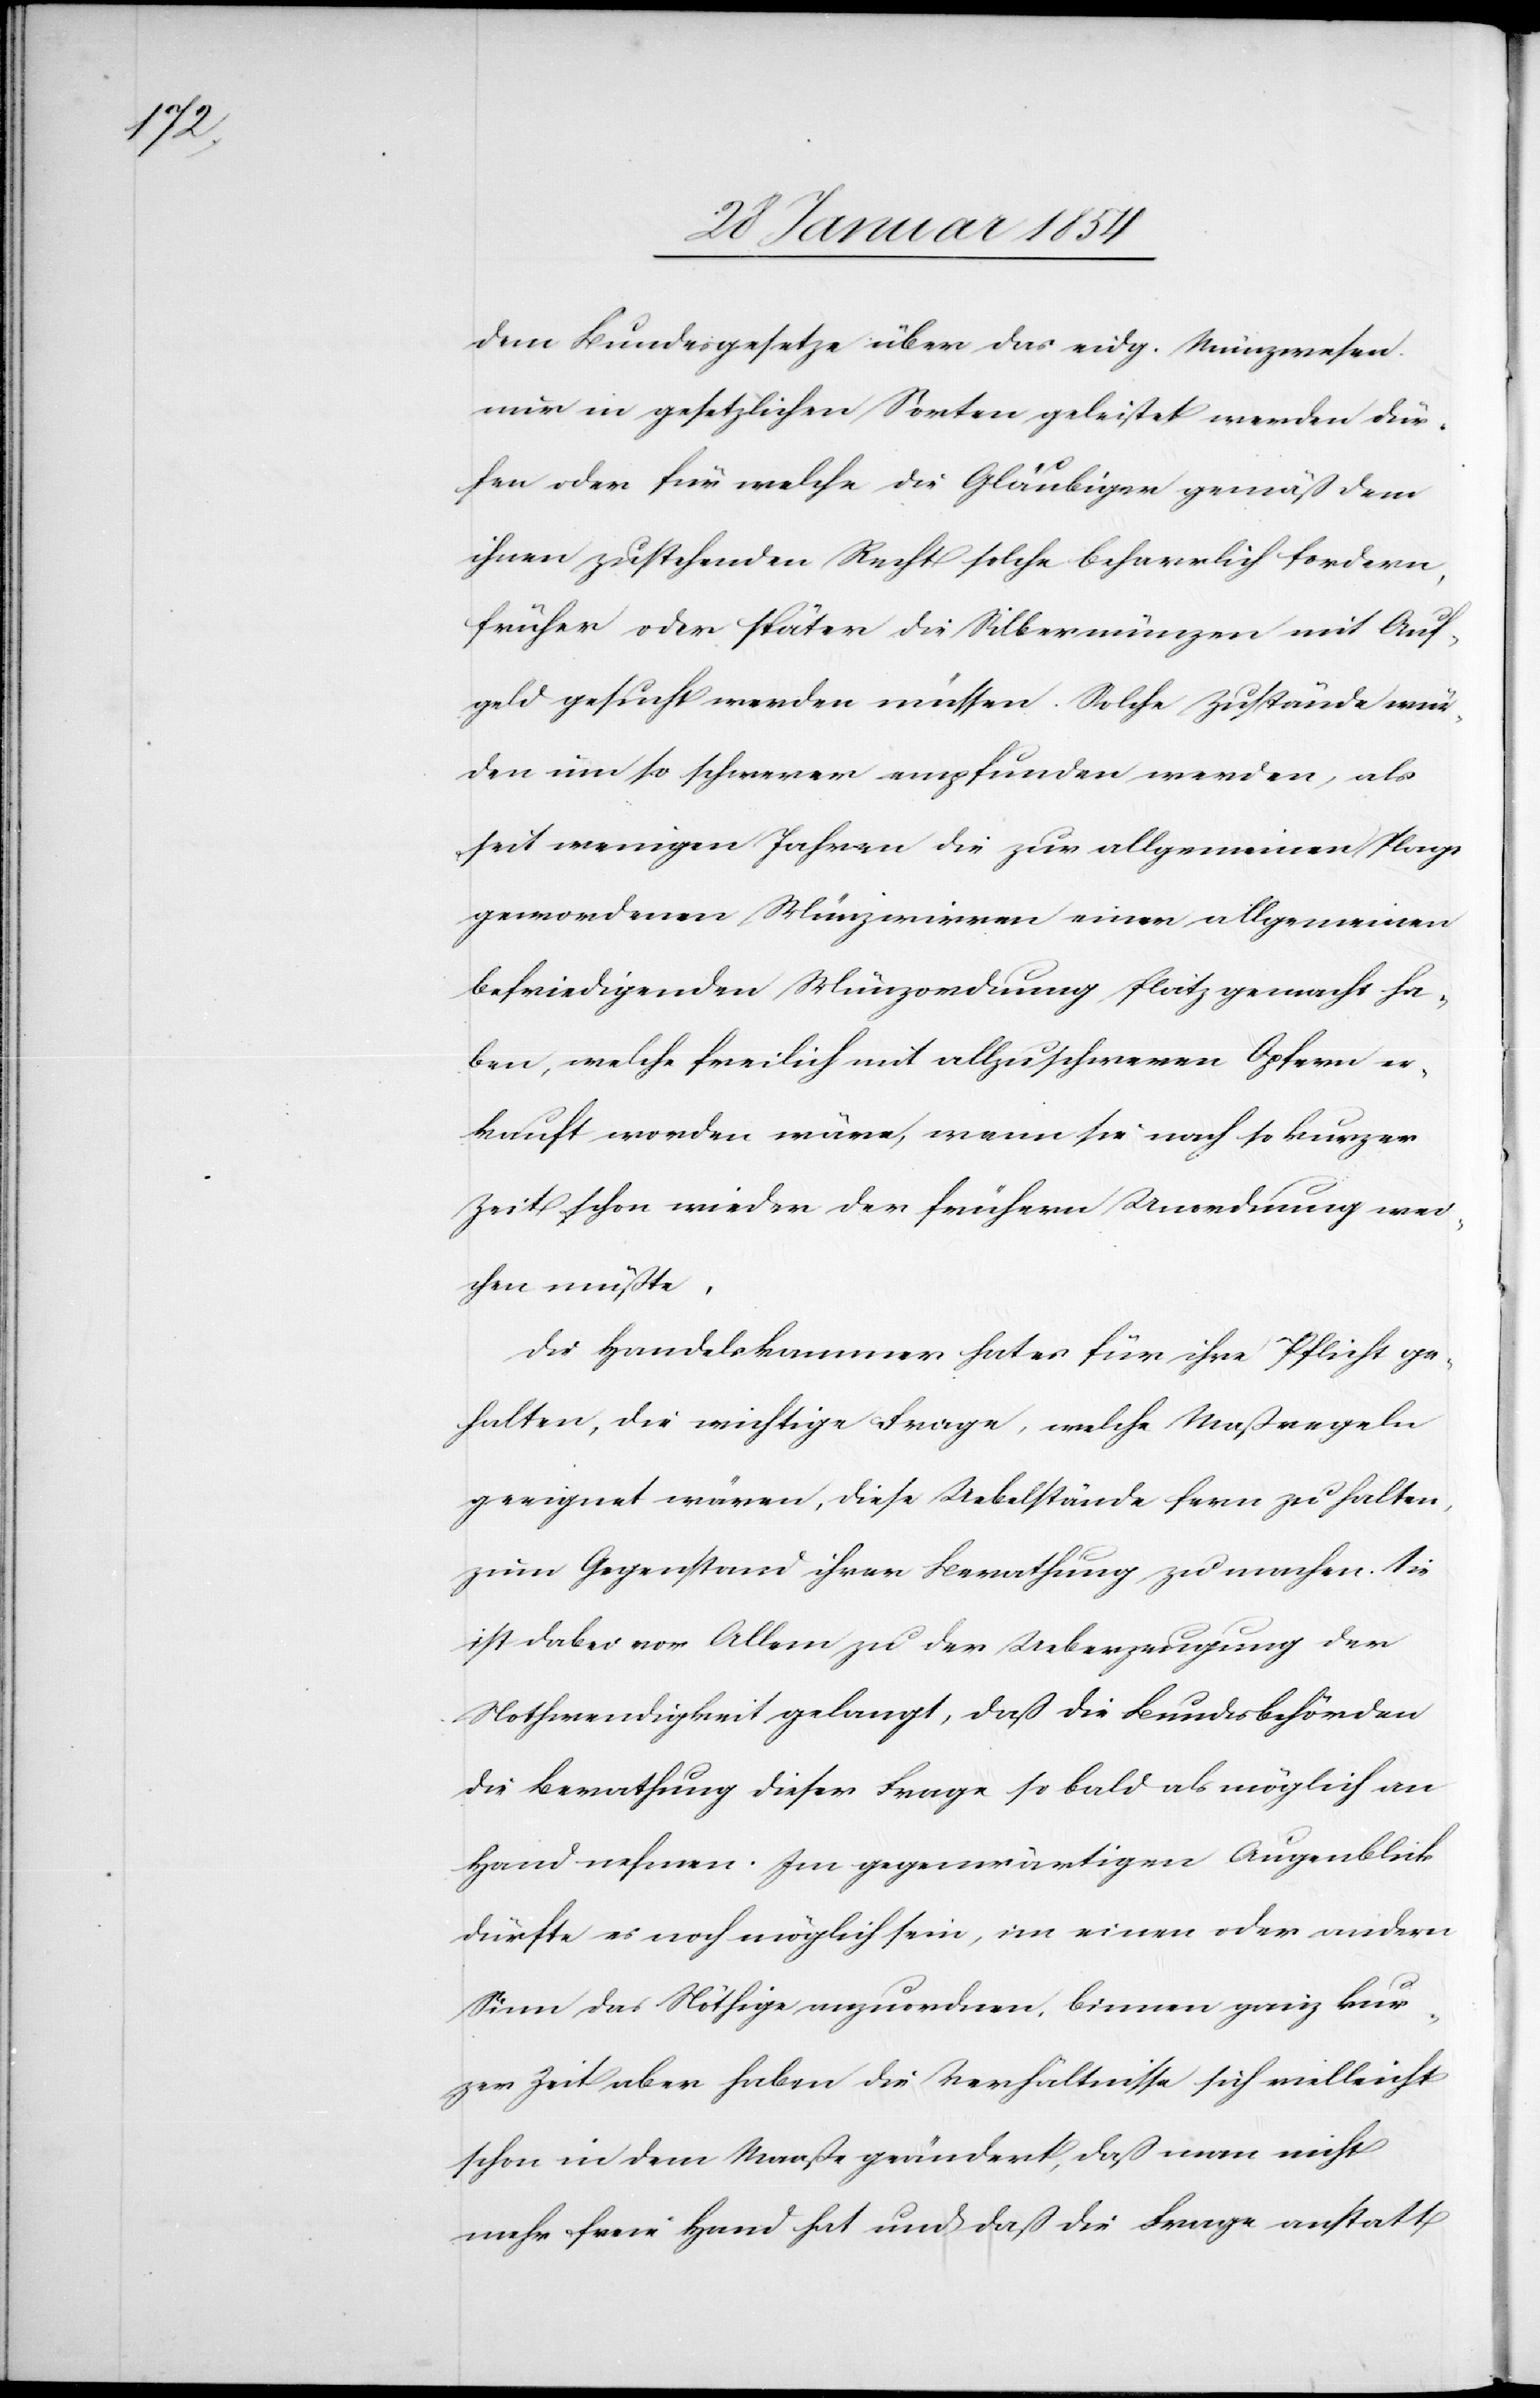
dem Bundesgesetze über das eig. Münzwesen
nur in gesetzlichen Sorten geleistet werden dür¬
fen oder für welche die Gläubiger gemäß dem
ihnen zustehenden Recht solche beharrlich fordern,
früher oder später die Silbermünzen mit Auf¬
geld gesucht werden müssen. Solche Zustände wür¬
den um so schwerer empfunden werden, als
seit wenigen Jahren die zur allgemeinen Plage
gewordenen Münzwirren einer allgemeinen
befriedigenden Münzordnung Platz gemacht ha¬
ben, welche freilich mit allzu schweren Opfern er¬
kauft worden wäre, wenn sie nach so kurzer
Zeit schon wieder der frühern Unordnung wei¬
chen müßte.
Die Handelskammer hat es für ihre Pflicht ge¬
halten, die wichtige Frage, welche Maßregeln
geeignet wären, diese Uebelstände fern zu halten,
zum Gegenstand ihrer Berathung zu machen. Sie
ist dabei vor Allem zu der Ueberzeugung der
Nothwendigkeit gelangt, daß die Bundesbehörden
die Berathung dieser Frage so bald als möglich an
Hand nehmen. Im gegenwärtigen Augenblick
dürfte es noch möglich sein, im einen oder andern
Sinn das Nöthige anzuordnen. Binnen ganz kur¬
zer Zeit aber haben die Verhältnisse sich vielleicht
schon in dem Maaße geändert, daß man nicht
mehr freie Hand hat und daß die Frage anstatt